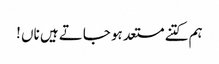
ہم کتنے مستعد ہو جاتے ہیں ناں !